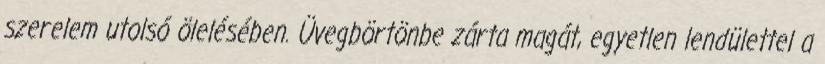
szerelem utolsó ölelésében. Üvegbörtönbe zárta magát, egyetlen lendülettel a